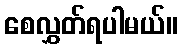
စေလွှတ်ရပါမယ်။